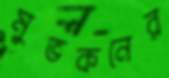
মুভকনের